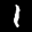
Label: 1